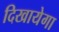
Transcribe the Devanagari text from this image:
दिखायेगा